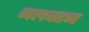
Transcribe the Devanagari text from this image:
जलवहन